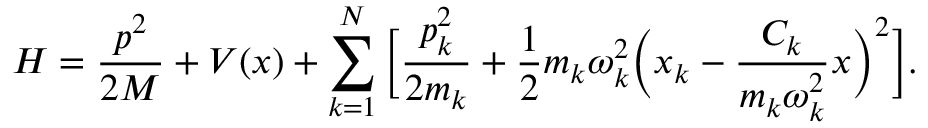
H = \frac { p ^ { 2 } } { 2 M } + V ( x ) + \sum _ { k = 1 } ^ { N } \bigg [ \frac { p _ { k } ^ { 2 } } { 2 m _ { k } } + \frac { 1 } { 2 } m _ { k } \omega _ { k } ^ { 2 } \bigg ( x _ { k } - \frac { C _ { k } } { m _ { k } \omega _ { k } ^ { 2 } } x \bigg ) ^ { 2 } \bigg ] .